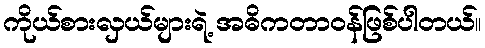
ကိုယ်စားလှယ်များရဲ့ အဓိကတာဝန်ဖြစ်ပါတယ်။